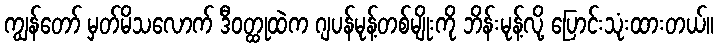
ကျွန်တော် မှတ်မိသလောက် ဒီဝတ္ထုထဲက ဂျပန်မုန့်တစ်မျိုးကို ဘိန်းမုန့်လို့ ပြောင်းသုံးထားတယ်။